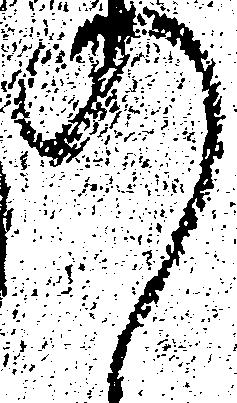
の